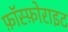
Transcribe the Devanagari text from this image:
फ़ॉस्फ़ोराइट